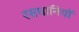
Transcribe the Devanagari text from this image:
रसधानियों